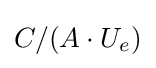
C/(A\cdot U_{e})